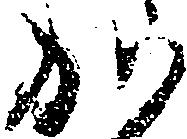
か